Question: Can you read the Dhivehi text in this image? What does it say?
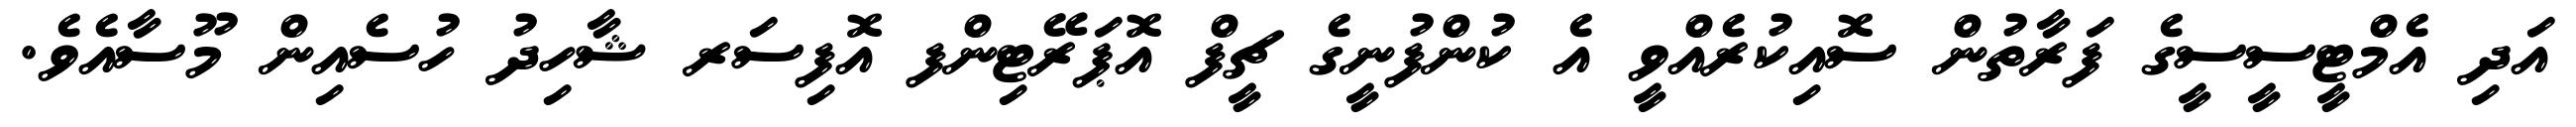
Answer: އަދި އެމްޓީސީސީގެ ފަރާތުން ސޮއިކުރެއްވީ އެ ކުންފުނީގެ ޗީފް އޮޕަރޭޓިންފ އޮފިސަރ ޝާހިދު ހުސެއިން މޫސާއެވެ.